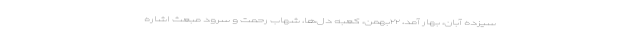
سیزده آبان، بهار آمد، ۲۲بهمن، کعبه دل‌ها، شهاب رحمت و سرود مبعث اشاره